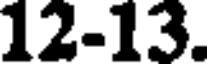
12-13.